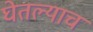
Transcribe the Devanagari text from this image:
घेतल्याचं